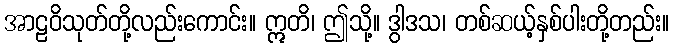
အာဠဝိသုတ်တို့လည်းကောင်း။ ဣတိ၊ ဤသို့။ ဒွါဒသ၊ တစ်ဆယ့်နှစ်ပါးတို့တည်း။